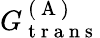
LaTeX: G_{\mathrm{~t~r~a~n~s~}}^{\mathrm{~(~A~)~}}